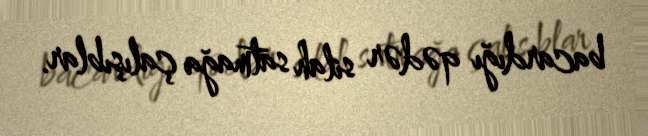
bacardığı qədər silah satmağa çalışıblar.